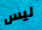
ليس